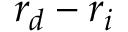
\boldsymbol { r } _ { d } - \boldsymbol { r } _ { i }